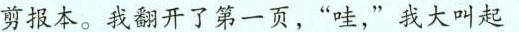
剪报本。我翻开了第一页，”哇，”我大叫起